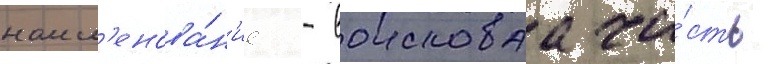
наим'енова́н'ие - воисковаа ча́сть